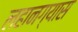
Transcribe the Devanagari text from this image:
लहानग्यास